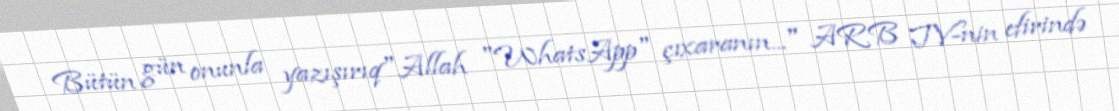
Bütün gün onunla yazışırıq"Allah "WhatsApp" çıxaranın..." ARB TV-nin efirində